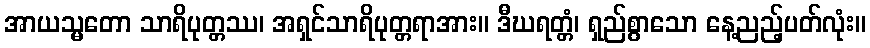
အာယသ္မတော သာရိပုတ္တဿ၊ အရှင်သာရိပုတ္တရာအား။ ဒီဃရတ္တံ၊ ရှည်စွာသော နေ့ညည့်ပတ်လုံး။